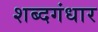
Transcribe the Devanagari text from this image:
शब्दगंधार